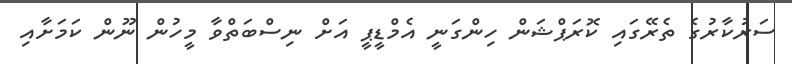
ސަރުކާރުގެ ތެރޭގައި ކޮރަޕްޝަން ހިންގަނީ އެމްޑީޕީ އަށް ނިސްބަތްވާ މީހުން ނޫން ކަމަށާއި